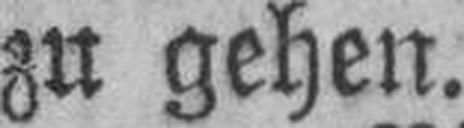
zu gehen.